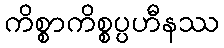
ကိစ္စာကိစ္စပ္ပဟီနဿ